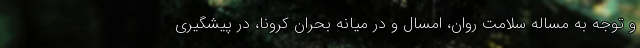
و توجه به مساله سلامت روان، امسال و در میانه بحران کرونا، در پیشگیری